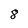
Character: 8